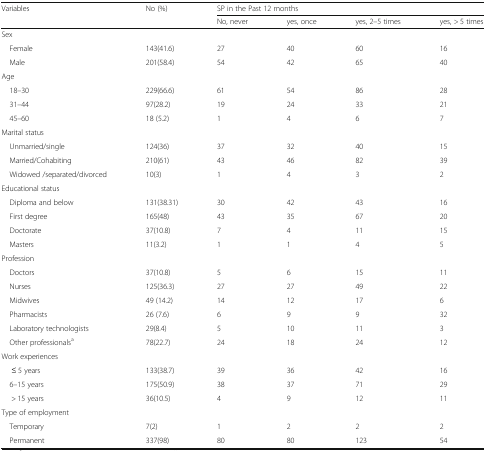
<table><thead><tr><td rowspan="2"><b>Variables</b></td><td rowspan="2"><b>No (%)</b></td><td colspan="4"><b>SP in the Past 12 months</b></td></tr><tr><td><b>No, never</b></td><td><b>yes, once</b></td><td><b>yes, 2–5 times</b></td><td><b>yes, &gt; 5 times</b></td></tr></thead><tbody><tr><td colspan="6">Sex</td></tr><tr><td> Female</td><td>143(41.6)</td><td>27</td><td>40</td><td>60</td><td>16</td></tr><tr><td> Male</td><td>201(58.4)</td><td>54</td><td>42</td><td>65</td><td>40</td></tr><tr><td colspan="6">Age</td></tr><tr><td> 18–30</td><td>229(66.6)</td><td>61</td><td>54</td><td>86</td><td>28</td></tr><tr><td> 31–44</td><td>97(28.2)</td><td>19</td><td>24</td><td>33</td><td>21</td></tr><tr><td> 45–60</td><td>18 (5.2)</td><td>1</td><td>4</td><td>6</td><td>7</td></tr><tr><td colspan="6">Marital status</td></tr><tr><td> Unmarried/single</td><td>124(36)</td><td>37</td><td>32</td><td>40</td><td>15</td></tr><tr><td> Married/Cohabiting</td><td>210(61)</td><td>43</td><td>46</td><td>82</td><td>39</td></tr><tr><td> Widowed /separated/divorced</td><td>10(3)</td><td>1</td><td>4</td><td>3</td><td>2</td></tr><tr><td colspan="6">Educational status</td></tr><tr><td> Diploma and below</td><td>131(38.31)</td><td>30</td><td>42</td><td>43</td><td>16</td></tr><tr><td> First degree</td><td>165(48)</td><td>43</td><td>35</td><td>67</td><td>20</td></tr><tr><td> Doctorate</td><td>37(10.8)</td><td>7</td><td>4</td><td>11</td><td>15</td></tr><tr><td> Masters</td><td>11(3.2)</td><td>1</td><td>1</td><td>4</td><td>5</td></tr><tr><td colspan="6">Profession</td></tr><tr><td> Doctors</td><td>37(10.8)</td><td>5</td><td>6</td><td>15</td><td>11</td></tr><tr><td> Nurses</td><td>125(36.3)</td><td>27</td><td>27</td><td>49</td><td>22</td></tr><tr><td> Midwives</td><td>49 (14.2)</td><td>14</td><td>12</td><td>17</td><td>6</td></tr><tr><td> Pharmacists</td><td>26 (7.6)</td><td>6</td><td>9</td><td>9</td><td>32</td></tr><tr><td> Laboratory technologists</td><td>29(8.4)</td><td>5</td><td>10</td><td>11</td><td>3</td></tr><tr><td> Other professionals<sup>a</sup></td><td>78(22.7)</td><td>24</td><td>18</td><td>24</td><td>12</td></tr><tr><td colspan="6">Work experiences</td></tr><tr><td>≤ 5 years</td><td>133(38.7)</td><td>39</td><td>36</td><td>42</td><td>16</td></tr><tr><td> 6–15 years</td><td>175(50.9)</td><td>38</td><td>37</td><td>71</td><td>29</td></tr><tr><td>&gt; 15 years</td><td>36(10.5)</td><td>4</td><td>9</td><td>12</td><td>11</td></tr><tr><td colspan="6">Type of employment</td></tr><tr><td> Temporary</td><td>7(2)</td><td>1</td><td>2</td><td>2</td><td>2</td></tr><tr><td> Permanent</td><td>337(98)</td><td>80</td><td>80</td><td>123</td><td>54</td></tr></tbody></table>